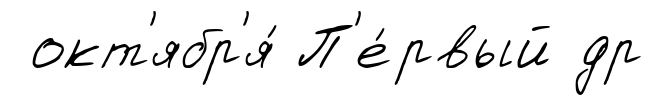
окт'ябр'я́ П'е́рвый др